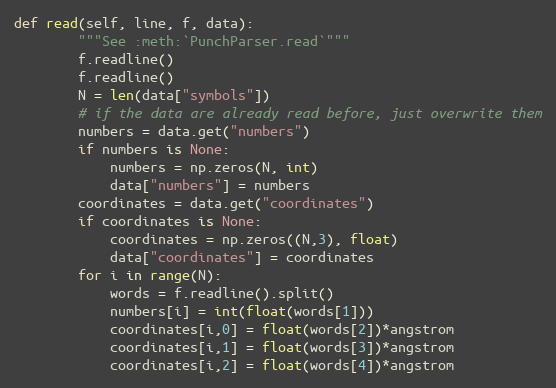
Language: Python
def read(self, line, f, data):
        """See :meth:`PunchParser.read`"""
        f.readline()
        f.readline()
        N = len(data["symbols"])
        # if the data are already read before, just overwrite them
        numbers = data.get("numbers")
        if numbers is None:
            numbers = np.zeros(N, int)
            data["numbers"] = numbers
        coordinates = data.get("coordinates")
        if coordinates is None:
            coordinates = np.zeros((N,3), float)
            data["coordinates"] = coordinates
        for i in range(N):
            words = f.readline().split()
            numbers[i] = int(float(words[1]))
            coordinates[i,0] = float(words[2])*angstrom
            coordinates[i,1] = float(words[3])*angstrom
            coordinates[i,2] = float(words[4])*angstrom